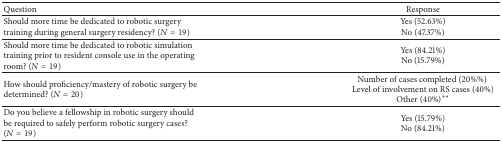
<table><thead><tr><td><b>Question </b></td><td><b>Response </b></td></tr></thead><tbody><tr><td>Should more time be dedicated to robotic surgery training during general surgery residency? (<i>N</i> = 19)</td><td>Yes (52.63%) No (47.37%)</td></tr><tr><td>Should more time be dedicated to robotic simulation training prior to resident console use in the operating room? (<i>N</i> = 19)</td><td>Yes (84.21%) No (15.79%)</td></tr><tr><td>How should proficiency/mastery of robotic surgery be determined? (<i>N</i> = 20)</td><td>Number of cases completed (20%%) Level of involvement on RS cases (40%) Other (40%)<sup><i>∗∗</i></sup></td></tr><tr><td>Do you believe a fellowship in robotic surgery should be required to safely perform robotic surgery cases? (<i>N</i> = 19)</td><td>Yes (15.79%) No (84.21%)</td></tr></tbody></table>